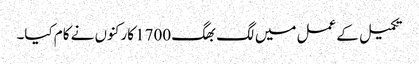
تکمیل کے عمل میں لگ بھگ 1700 کارکنوں نے کام کیا۔